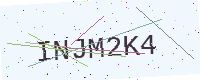
Text: INJM2K4